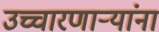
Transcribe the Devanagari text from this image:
उच्चारणार्‍यांना